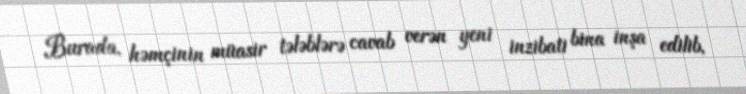
Burada, həmçinin müasir tələblərə cavab verən yeni inzibati bina inşa edilib,